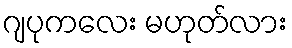
ဂျပုကလေး မဟုတ်လား